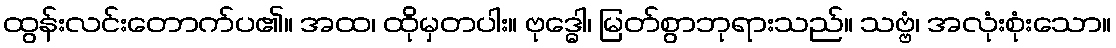
ထွန်းလင်းတောက်ပ၏။ အထ၊ ထိုမှတပါး။ ဗုဒ္ဓေါ၊ မြတ်စွာဘုရားသည်။ သဗ္ဗံ၊ အလုံးစုံးသော။